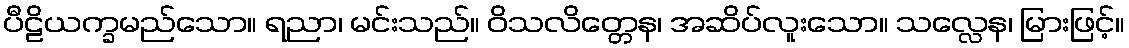
ပီဠိယက္ခမည်သော။ ရညာ၊ မင်းသည်။ ဝိသလိတ္တေန၊ အဆိပ်လူးသော။ သလ္လေန၊ မြားဖြင့်။